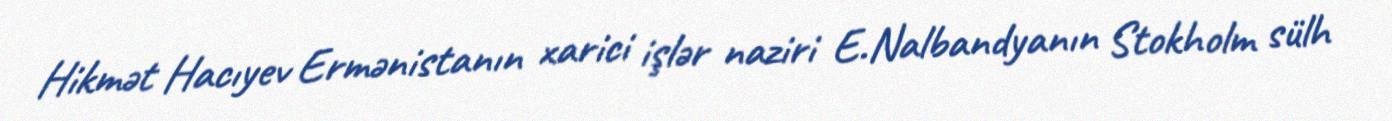
Hikmət Hacıyev Ermənistanın xarici işlər naziri E.Nalbandyanın Stokholm sülh